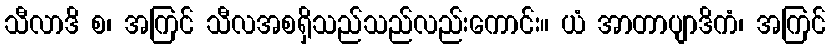
သီလာဒိ စ၊ အကြင် သီလအစရှိသည်သည်လည်းကောင်း။ ယံ အာတာပျာဒိကံ၊ အကြင်